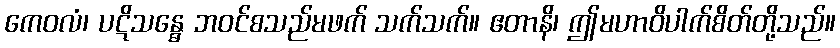
ကေဝလံ၊ ပဋိသန္ဓေ ဘဝင်စသည်မဖက် သက်သက်။ ဧတာနိ၊ ဤမဟာဝိပါက်စိတ်တို့သည်။